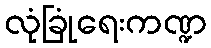
လုံခြုံရေးကဏ္ဍ